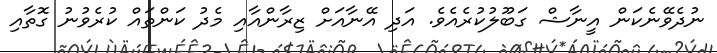
ނުދެވޭނެކަން އީނާޝް ގަބޫލުކުރެއެވެ. އަދި އޭނާއަށް ޒިރާންއާއި މެދު ކަންތައް ކުރެވުނު ގޮތާއި